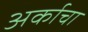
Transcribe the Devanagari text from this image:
अर्काचा